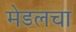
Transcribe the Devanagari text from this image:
मेडलचा